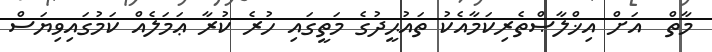
މާތް  އަށް އިޚްލާޞްތެރިކަމާއެކު ތައުޙީދުގެ މަތީގައި ހުރެ ކުރާ ޢަމަލެއް ކަމުގައިވިޔަސް